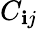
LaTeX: C_{\mathbf{i}j}